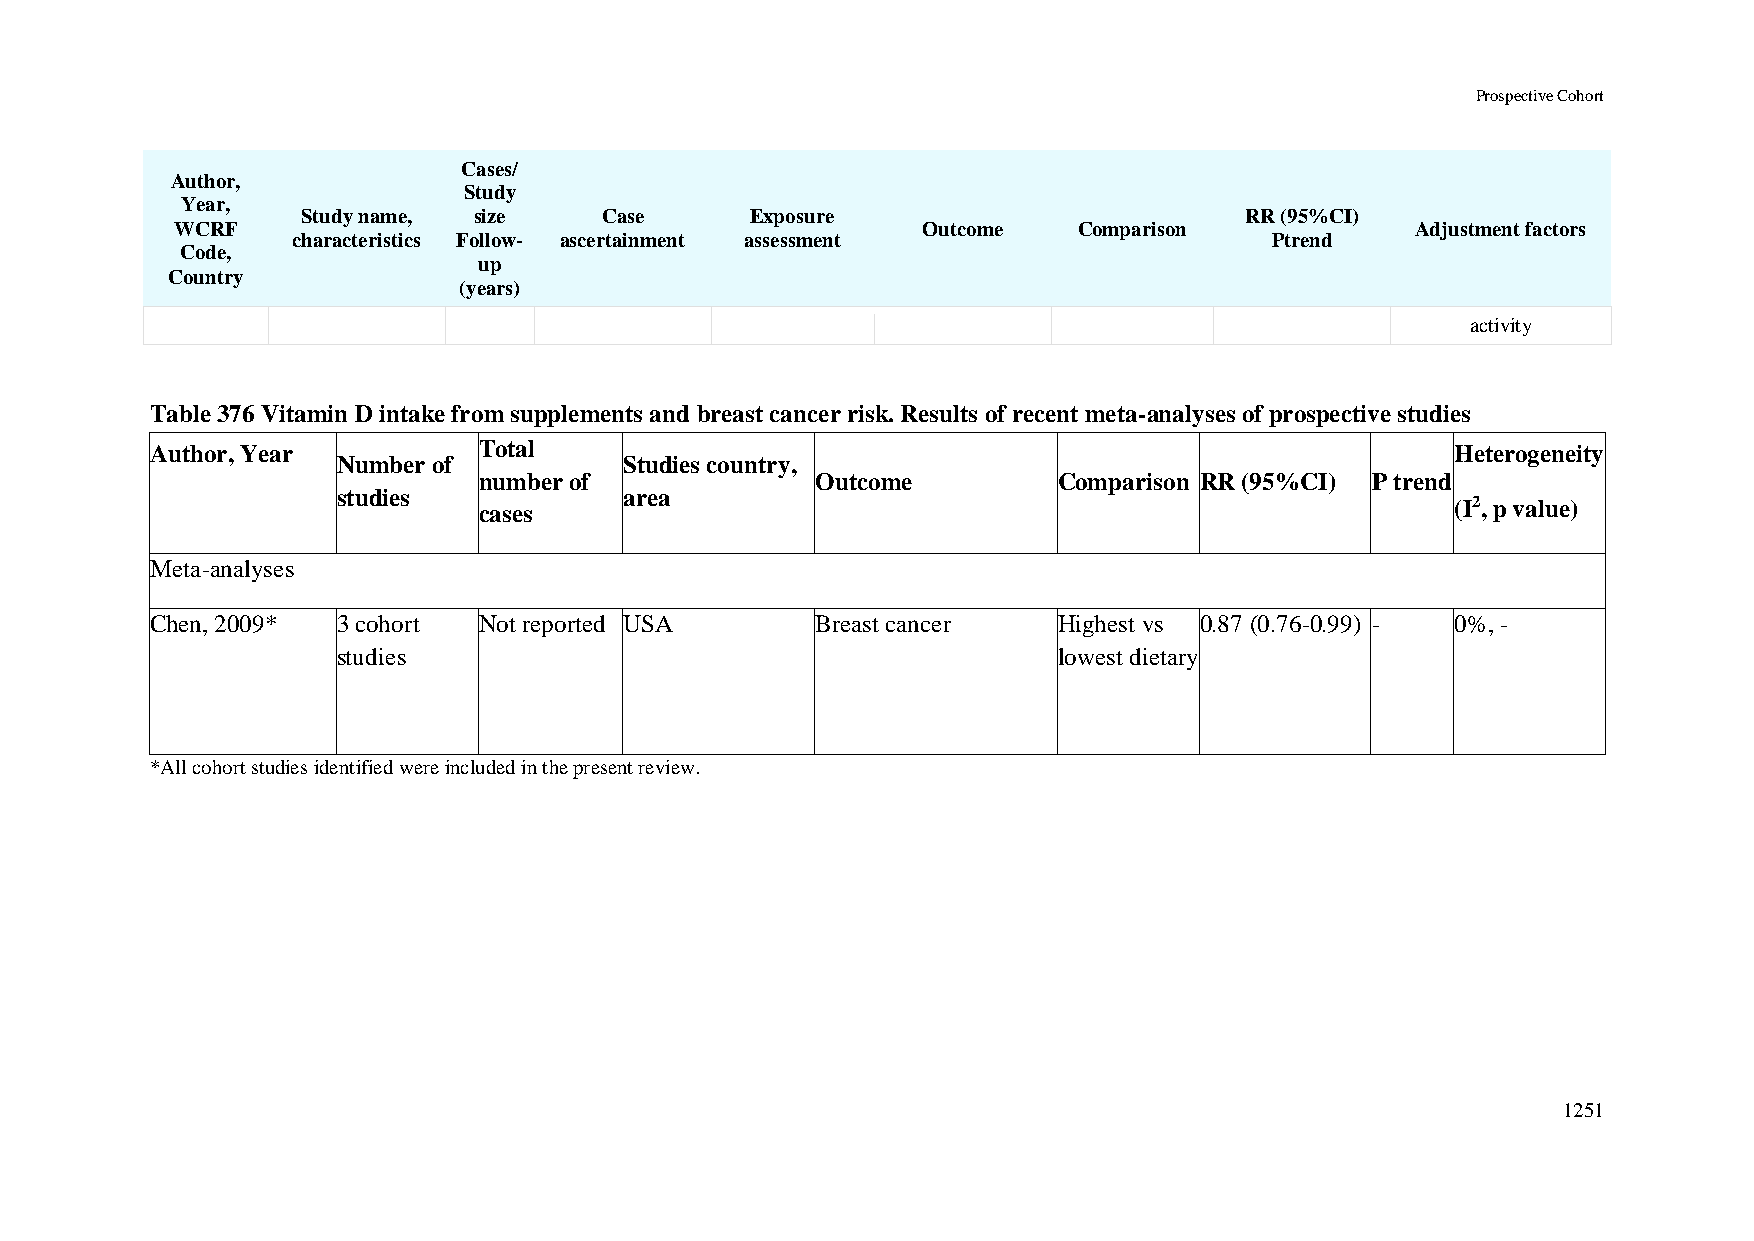
Prospective Cohort
 Cases/
 Author,
 Study
 Year,
 Study name, size    Case      Exposure                        RR (95%CI)
 WCRF                                             Outcome   Comparison             Adjustment factors
 characteristics Follow- ascertainment assessment                 Ptrend
 Code,
 up
 Country
 (years)
 activity
 Table 376 Vitamin D intake from supplements and breast cancer risk. Results of recent meta-analyses of prospective studies
 Author, Year          Total                                                           Heterogeneity
 Number of          Studies country,
 number of             Outcome         Comparison RR (95%CI) P trend
 studies            area
 cases                                                           (I2, p value)
 Meta-analyses
 Chen, 2009* 3 cohort  Not reported USA      Breast cancer   Highest vs 0.87 (0.76-0.99) - 0%, -
 studies                                         lowest dietary
 *All cohort studies identified were included in the present review.
 1251